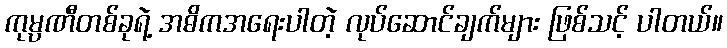
ကုမ္ပဏီတစ်ခုရဲ့ အဓိကအရေးပါတဲ့ လုပ်ဆောင်ချက်များ ဖြစ်သင့် ပါတယ်။